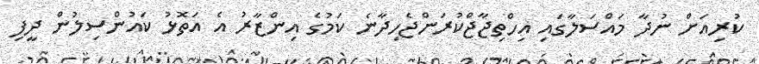
ކުރިއަށް ނުދާ މައްސަލާގައި އިހްތިޖާޖްކުރަންޖެހިދާނެ ކަމުގެ އިންޒާރު އެ އަތޮޅު ކައުންސިލުން ދީފި